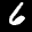
Label: 6